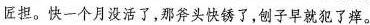
匠担。快一个月没活了，那斧头快锈了，刨子早就犯了痒。